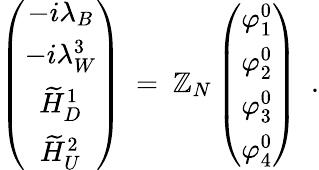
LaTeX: \left(\begin{array}{c}{{-i\lambda_{B}}}\\ {{-i\lambda_{W}^{3}}}\\ {{\widetilde{H}_{D}^{1}}}\\ {{\widetilde{H}_{U}^{2}}}\end{array}\right)\ =\ \mathbb{Z}_{N}\left(\begin{array}{c}{{\varphi_{1}^{0}}}\\ {{\varphi_{2}^{0}}}\\ {{\varphi_{3}^{0}}}\\ {{\varphi_{4}^{0}}}\end{array}\right)\ \ .